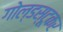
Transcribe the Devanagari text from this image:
गोल्डस्टूकर